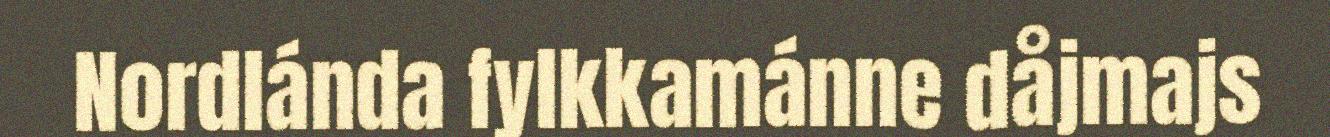
Nordlánda fylkkamánne dåjmajs